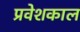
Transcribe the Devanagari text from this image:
प्रवेशकाल